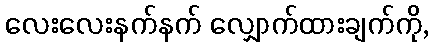
လေးလေးနက်နက် လျှောက်ထားချက်ကို,